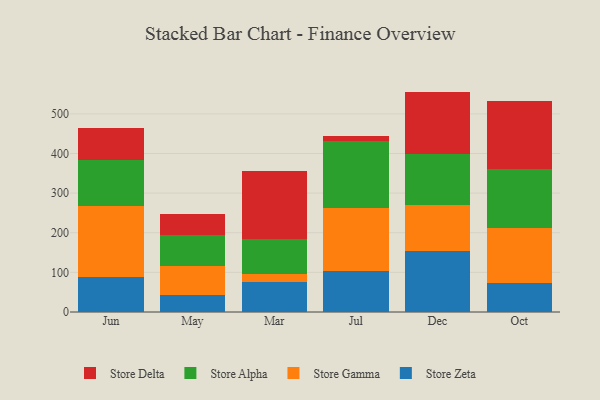
{"axis": {"x": "Month", "y": "Net Income (USD K)"}, "legend": ["Store Alpha", "Store Delta", "Store Gamma", "Store Zeta"], "data": [{"x": "Jun", "y": 88.2, "type": "Store Zeta"}, {"x": "Jun", "y": 179.5, "type": "Store Gamma"}, {"x": "Jun", "y": 115.6, "type": "Store Alpha"}, {"x": "Jun", "y": 80.1, "type": "Store Delta"}, {"x": "May", "y": 43.5, "type": "Store Zeta"}, {"x": "May", "y": 73.8, "type": "Store Gamma"}, {"x": "May", "y": 77.0, "type": "Store Alpha"}, {"x": "May", "y": 51.9, "type": "Store Delta"}, {"x": "Mar", "y": 76.3, "type": "Store Zeta"}, {"x": "Mar", "y": 20.0, "type": "Store Gamma"}, {"x": "Mar", "y": 87.0, "type": "Store Alpha"}, {"x": "Mar", "y": 172.6, "type": "Store Delta"}, {"x": "Jul", "y": 102.8, "type": "Store Zeta"}, {"x": "Jul", "y": 159.0, "type": "Store Gamma"}, {"x": "Jul", "y": 170.0, "type": "Store Alpha"}, {"x": "Jul", "y": 11.3, "type": "Store Delta"}, {"x": "Dec", "y": 154.2, "type": "Store Zeta"}, {"x": "Dec", "y": 115.6, "type": "Store Gamma"}, {"x": "Dec", "y": 128.8, "type": "Store Alpha"}, {"x": "Dec", "y": 157.7, "type": "Store Delta"}, {"x": "Oct", "y": 73.4, "type": "Store Zeta"}, {"x": "Oct", "y": 137.4, "type": "Store Gamma"}, {"x": "Oct", "y": 151.4, "type": "Store Alpha"}, {"x": "Oct", "y": 171.5, "type": "Store Delta"}]}